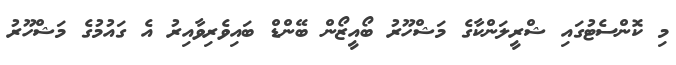
މި ކޮންސެޓުގައި ޝްރީލަންކާގެ މަޝްހޫރު ބޯއީޒޯން ބޭންޑް ބައިވެރިވާއިރު އެ ގައުމުގެ މަޝްހޫރު